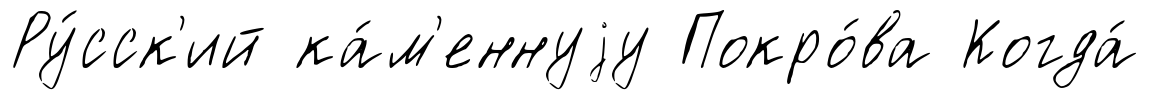
Ру́сск'ий ка́м'еннуjу Покро́ва Когда́